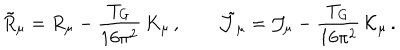
\tilde { R } _ { \mu } = R _ { \mu } - \frac { T _ { G } } { 1 6 \pi ^ { 2 } } \, { K } _ { \mu } \, , \qquad \tilde { \cal J } _ { \mu } = { \cal J } _ { \mu } - \frac { T _ { G } } { 1 6 \pi ^ { 2 } } \, { \cal K } _ { \mu } \, .